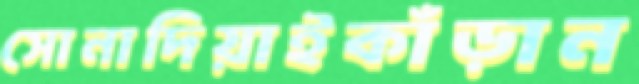
সোনাদিয়াইকাঁড়ান